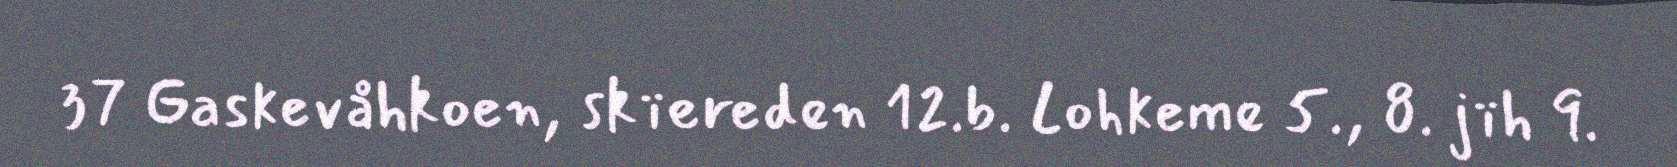
37 Gaskevåhkoen, skïereden 12.b. Lohkeme 5., 8. jïh 9.